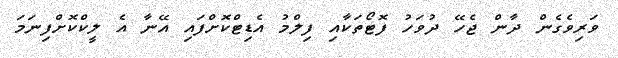
ވަރިވެގެން ދާން ޖެހޭ ދުވަހު ފޮޓޯތަކާއި ފިލްމު އެޑިޓްކޮށްފައި އޭނާ އެ ލީކްކޮށްފިނަމަ